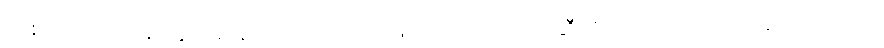
သစ်သားလုပ်ငန်းတွင် ဆန့်ကျင်သောအားဖြင့် အောက်ဘက်ဆီသို့ တရားရုံးထဲက ဂုန်လျှော်တို့ကို